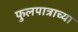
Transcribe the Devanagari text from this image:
फुलपात्राच्या